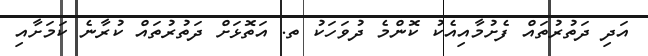
އަދި ދަތުރުތައް ފެށުމާއިއެކު ކޮންމެ ދުވަހަކު ތ. އަތޮޅަށް ދަތުރުތައް ކުރާނެ ކަމަށާއި